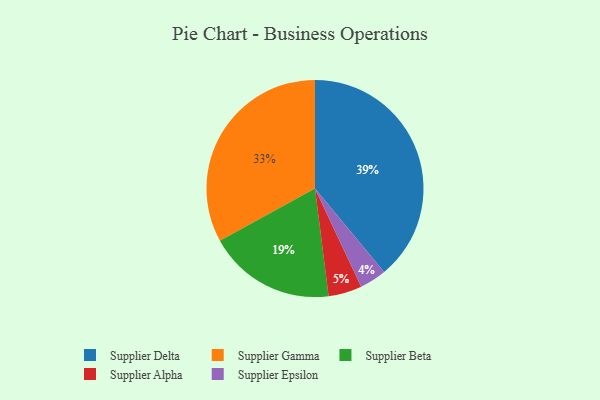
{"axis": {"x": "Category", "y": "Percentage"}, "legend": ["Supplier Alpha", "Supplier Beta", "Supplier Delta", "Supplier Epsilon", "Supplier Gamma"], "data": [{"x": "Supplier Epsilon", "y": 4, "type": "Supplier Epsilon"}, {"x": "Supplier Gamma", "y": 33, "type": "Supplier Gamma"}, {"x": "Supplier Delta", "y": 39, "type": "Supplier Delta"}, {"x": "Supplier Beta", "y": 19, "type": "Supplier Beta"}, {"x": "Supplier Alpha", "y": 5, "type": "Supplier Alpha"}]}